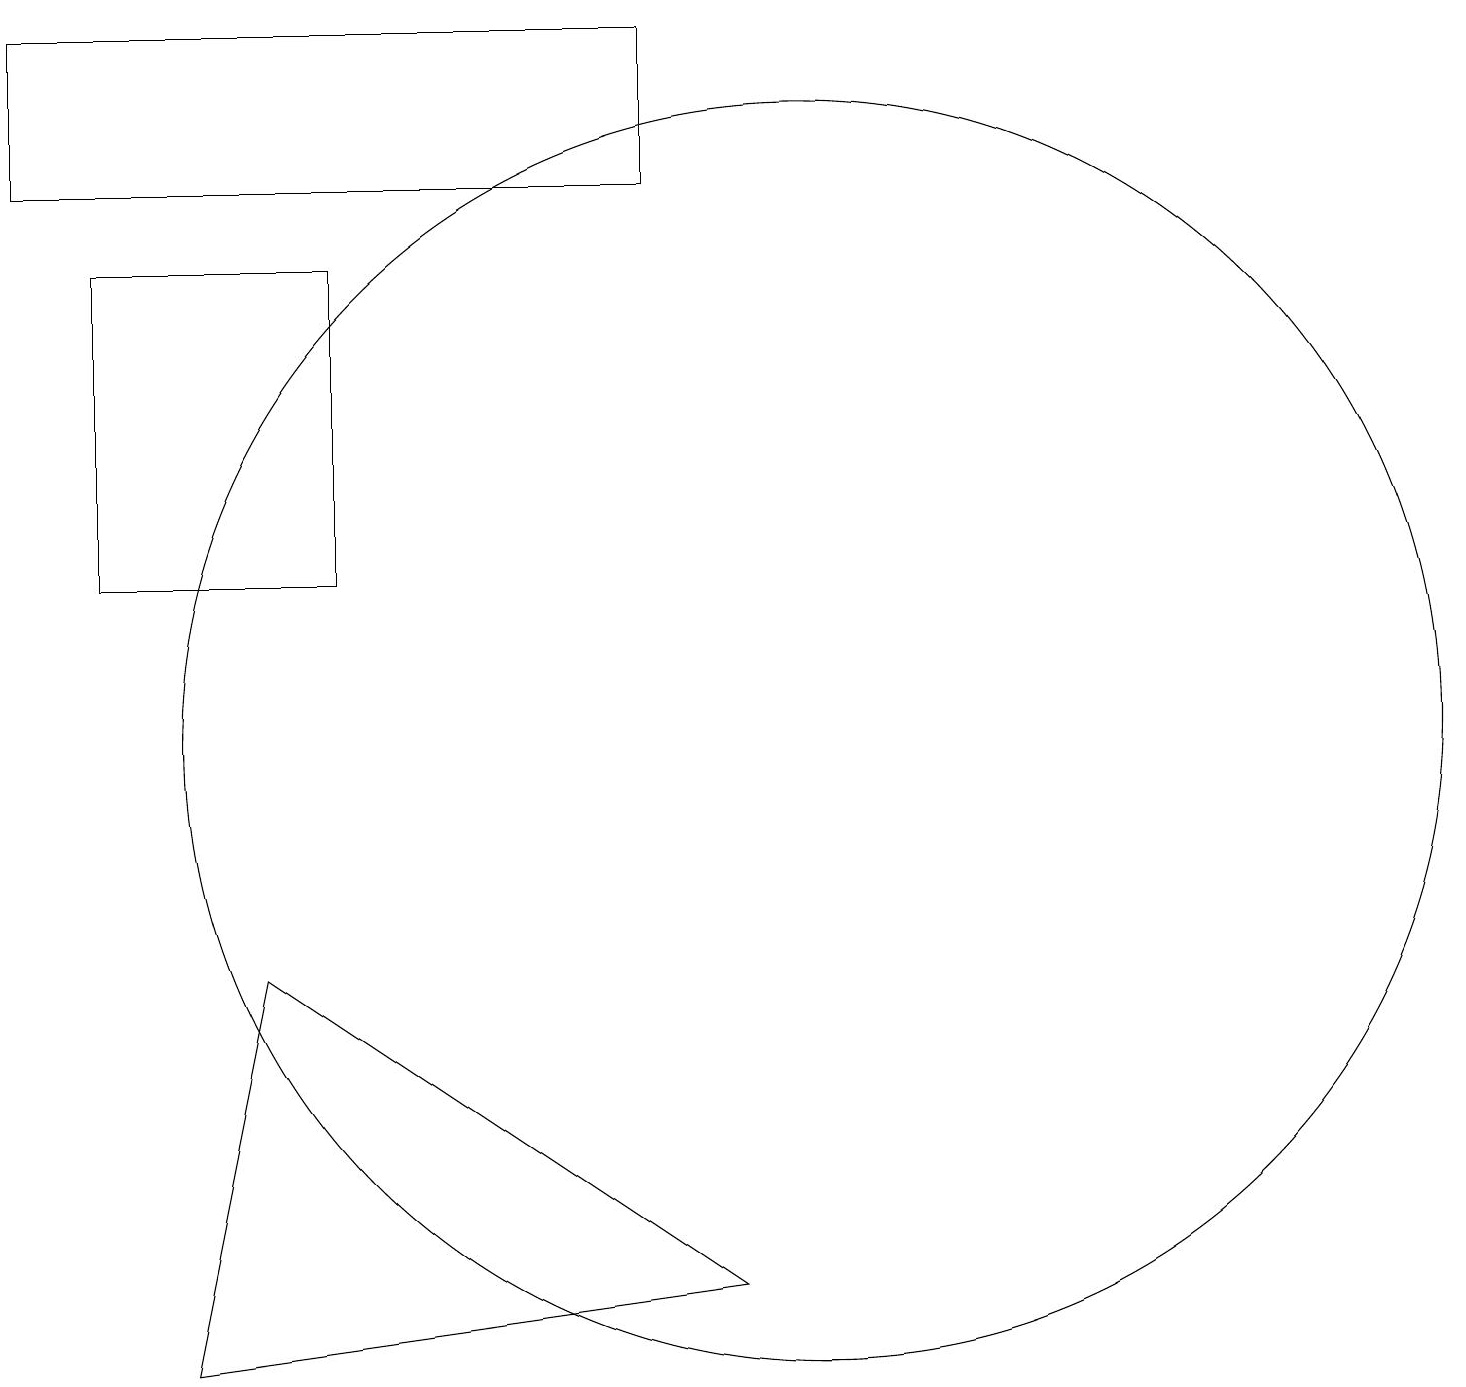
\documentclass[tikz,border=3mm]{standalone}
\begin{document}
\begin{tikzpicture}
\draw (8,19) rectangle (0,17);
\draw (4,12) rectangle (1,16);
\draw (3,7) -- (2,2) -- (9,3) -- cycle;
\draw (10,10) circle (8);
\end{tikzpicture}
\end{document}